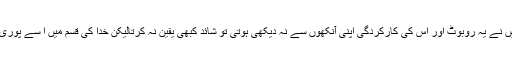
سچی بات ہے اگر میں نے یہ روبوٹ اور اس کی کارکردگی اپنی آنکھوں سے نہ دیکھی ہوتی تو شائد کبھی یقین نہ کرتالیکن خدا کی قسم میں ا سے پوری طرح آزما چکا ہوں۔